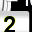
Digit: 2